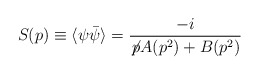
\begin{align*}S(p) \equiv \langle \psi \bar{\psi} \rangle = \frac{-i}{\not \! p A(p^2) + B(p^2)}\end{align*}